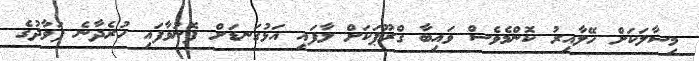
މިސާލަކަށް ހޭލާއިރު ކޮންމެވެސް ވައިބާ ގްރޫޕަކަށް ލާފައި އަޅުގަނޑަށް ފޮނުވާފައި ހުރެދާނެ ފަވާދުގެ